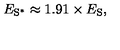
E _ { \mathrm { S } ^ { * } } \approx 1 . 9 1 \times E _ { \mathrm { S } } ,